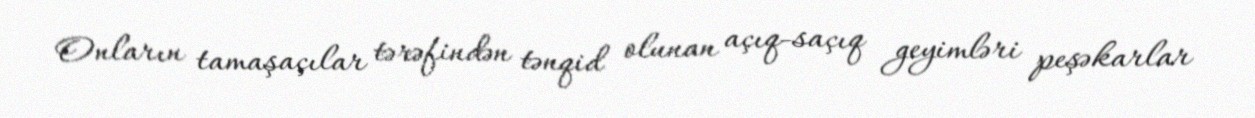
Onların tamaşaçılar tərəfindən tənqid olunan açıq-saçıq geyimləri peşəkarlar